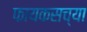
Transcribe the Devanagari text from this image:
फायकसच्या